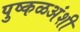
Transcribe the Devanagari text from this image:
पुष्कळअंशी